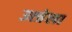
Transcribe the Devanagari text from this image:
उत्त्रेला